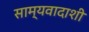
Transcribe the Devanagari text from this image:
साम्यवादाशी